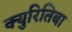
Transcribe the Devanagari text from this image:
क्युरितिबा